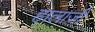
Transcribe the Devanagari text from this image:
हालाजी